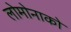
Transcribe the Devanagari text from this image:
लोमोनाको